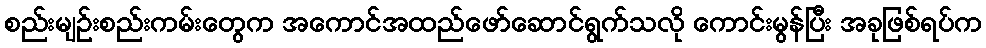
စည်းမျဉ်းစည်းကမ်းတွေက အကောင်အထည်ဖော်ဆောင်ရွက်သလို ကောင်းမွန်ပြီး အခုဖြစ်ရပ်က